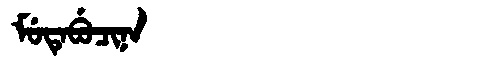
Manchu: ᠮᡠᡨᡝᠪᡠᠴᡳᠨᠠ
Romanization: MUTEBUCINA